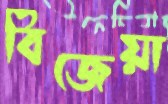
বিজেয়া